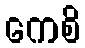
ကေစိ